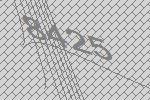
8425